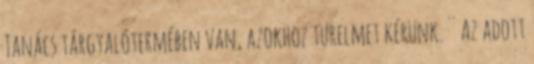
Tanács tárgyalótermében van, azokhoz türelmet kérünk. ^^ Az adott